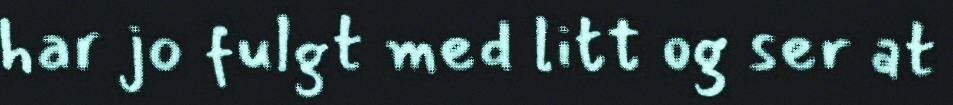
har jo fulgt med litt og ser at